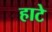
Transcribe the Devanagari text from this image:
हाटे